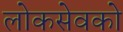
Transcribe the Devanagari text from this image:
लोकसेवको